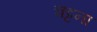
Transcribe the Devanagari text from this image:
चट्टना